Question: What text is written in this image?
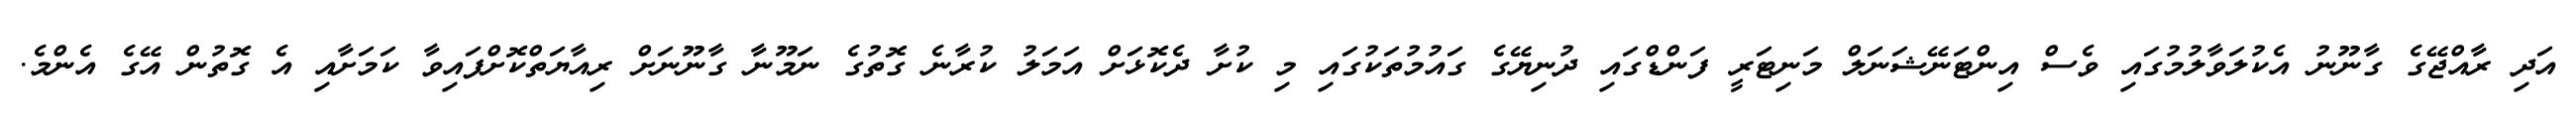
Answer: އަދި ރާއްޖޭގެ ގާނޫނު އެކުލަވާލުމުގައި ވެސް އިންޓަނޭޝަނަލް މަނިޓަރީ ފަންޑްގައި ދުނިޔޭގެ ގައުމުތަކުގައި މި ކުށާ ދެކޮޅަށް އަމަލު ކުރާނެ ގޮތުގެ ނަމޫނާ ގާނޫނަށް ރިއާޔަތްކޮށްފައިވާ ކަމަށާއި އެ ގޮތުން އޭގެ އެންމެ.